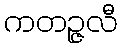
ကတဉ္ဇလီ